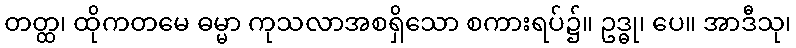
တတ္ထ၊ ထိုကတမေ ဓမ္မာ ကုသလာအစရှိသော စကားရပ်၌။ ဥဒ္ဓု၊ ပေ။ အာဒီသု၊